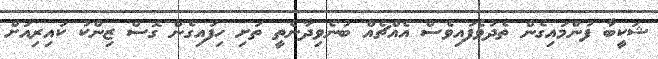
ޝަކީބާ ފުންމައިގެން ތެދުވެފައިވެސް އެއްޗެއް ބުނެވިދާނެތީ ތަށި ހިފައިގެން ގޮސް ޒިންކު ކައިރިއަށް